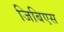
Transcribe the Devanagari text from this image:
जिबिएस